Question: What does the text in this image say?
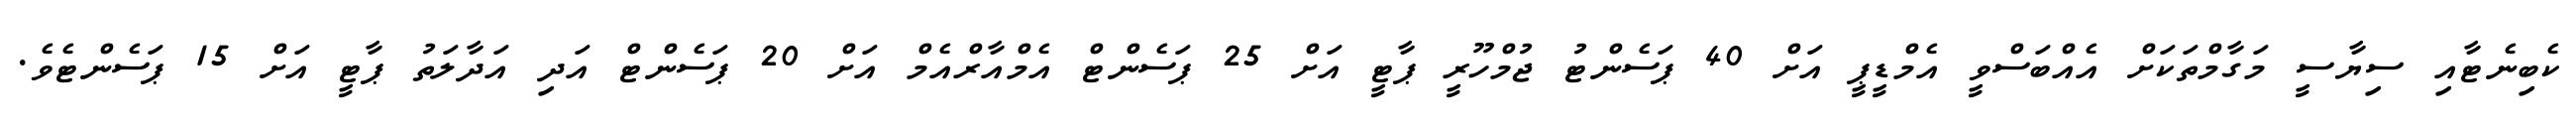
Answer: ކެބިނެޓާއި ސިޔާސީ މަގާމްތަކަށް އެއްބަސްވީ އެމްޑީޕީ އަށް 40 ޕަސެންޓު ޖުމްހޫރީ ޕާޓީ އަށް 25 ޕަސެންޓް އެމްއާރްއެމް އަށް 20 ޕަސެންޓް އަދި އަދާލަތު ޕާޓީ އަށް 15 ޕަސެންޓެވެ.